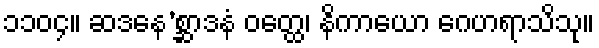
၁၁၀၄။ ဆဒနေ’စ္ဆာဒနံ ဝတ္ထေ၊ နိကာယော ဂေဟရာသိသု။